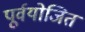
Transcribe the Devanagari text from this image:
पूर्वयोजित